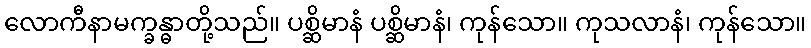
လောကီနာမက္ခန္ဓာတို့သည်။ ပစ္ဆိမာနံ ပစ္ဆိမာနံ၊ ကုန်သော။ ကုသလာနံ၊ ကုန်သော။